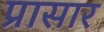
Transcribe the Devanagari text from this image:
प्रासार